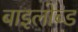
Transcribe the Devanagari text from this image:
बाइलोब्ड